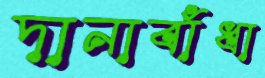
দানাবাঁধা